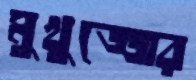
মুখুজ্জের